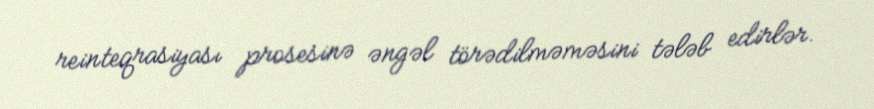
reinteqrasiyası prosesinə əngəl törədilməməsini tələb edirlər.